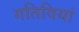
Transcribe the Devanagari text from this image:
गतिवियां